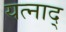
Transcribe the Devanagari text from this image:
यत्नाद्